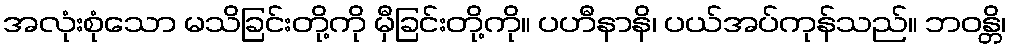
အလုံးစုံသော မသိခြင်းတို့ကို မှီခြင်းတို့ကို။ ပဟီနာနိ၊ ပယ်အပ်ကုန်သည်။ ဘဝန္တိ၊